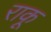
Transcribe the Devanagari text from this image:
राकू